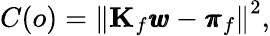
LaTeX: C(o)=\left\| \mathbf{K}_{f}\pmb{w}-\pmb{\pi}_{f}\right\| ^{2},